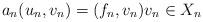
LaTeX: \begin{align*}a_n(u_n, v_n) = (f_n, v_n) v_n \in X_n\end{align*}